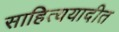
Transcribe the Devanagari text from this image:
साहित्ययादीत